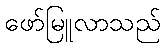
ဖော်မြူလာသည်